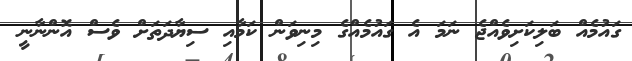
ގައުމެއް ބަލިކަށިވެއްޖެ ނަމަ އެ ގައުމެއްގެ މިނިވަން ކަމާއި ސިޔާދަތަށް ވެސް އޮންނާނީ